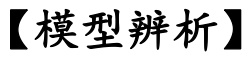
【模型辨析】